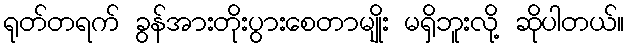
ရုတ်တရက် ခွန်အားတိုးပွားစေတာမျိုး မရှိဘူးလို့ ဆိုပါတယ်။